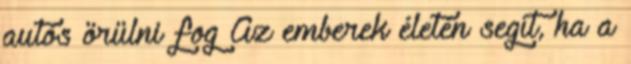
autós örülni fog Az emberek életén segít, ha a